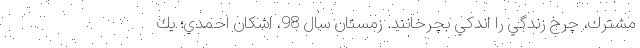
مشترك، چرخ زندگي را اندكي بچرخانند. زمستان سال 98، اشكان احمدي؛ يك